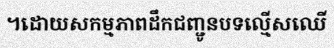
។ដោយសកម្មភាពដឹកជញ្ជូនបទល្មើសឈើ